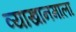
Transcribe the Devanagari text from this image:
व्याखानमाला